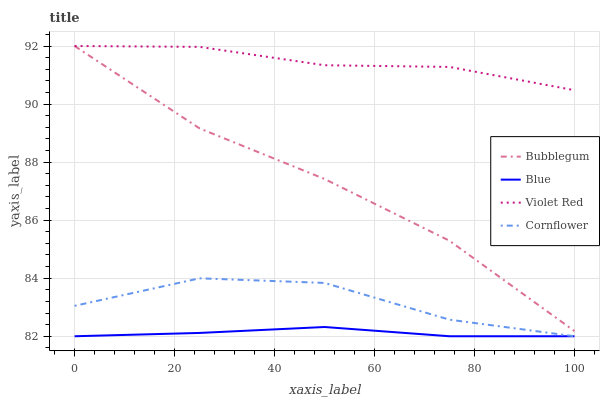
| xaxis_label | Bubblegum | Blue | Violet Red | Cornflower |
 | --- | --- | --- | --- | --- |
 | 0 | 92 | 82 | 92 | 83 |
 | 25 | 89.2 | 82.1 | 92 | 84 |
 | 50 | 87.4 | 82.3 | 91.3 | 83.8 |
 | 75 | 85.3 | 82 | 91.3 | 82.6 |
 | 100 | 82.2 | 82 | 90.5 | 82 |